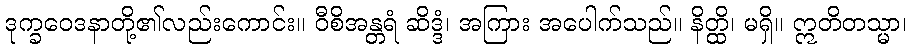
ဒုက္ခဝေဒနာတို့၏လည်းကောင်း။ ဝီစိအန္တရံ ဆိဒ္ဒံ၊ အကြား အပေါက်သည်။ နိတ္ထိ၊ မရှိ။ ဣတိတသ္မာ၊